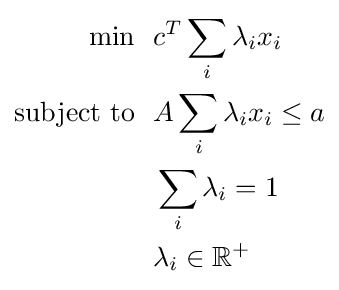
{\begin{aligned}\min ~~&c^{T}\sum _{i}\lambda _{i}x_{i}\\{\text{subject to}}~~&A\sum _{i}\lambda _{i}x_{i}\leq a\\&\sum _{i}\lambda _{i}=1\\&\lambda _{i}\in \mathbb {R} ^{+}\end{aligned}}